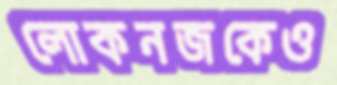
লোকনজকেও